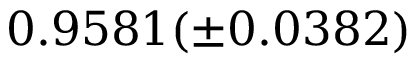
0 . 9 5 8 1 ( \pm 0 . 0 3 8 2 )